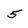
Character: 5